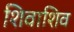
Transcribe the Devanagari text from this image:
शिवाशिव